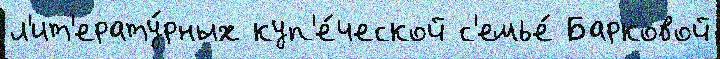
л'ит'ерату́рных куп'е́ческой с'емье́ Барковой